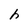
Character: h